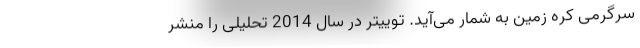
سرگرمی کره زمین به شمار می‌آید. توییتر در سال 2014 تحلیلی را منشر